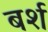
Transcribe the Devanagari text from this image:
बर्श